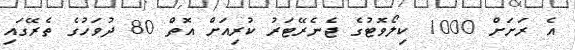
އެ ރަށަށް 1000 ކިލޯވޮޓުގެ ޖެނެރޭޓަރު ކުރިއަށް އޮތް 80 ދުވަހުގެ ތެރޭގައި